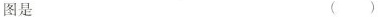
图是 ()